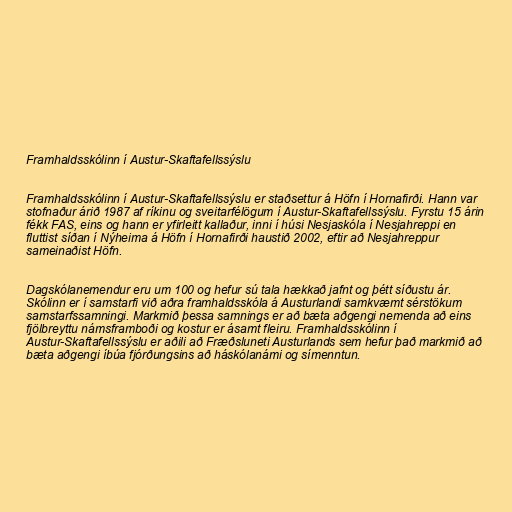
Framhaldsskólinn í Austur-Skaftafellssýslu

Framhaldsskólinn í Austur-Skaftafellssýslu er staðsettur á Höfn í Hornafirði. Hann var
stofnaður árið 1987 af ríkinu og sveitarfélögum í Austur-Skaftafellssýslu. Fyrstu 15 árin
fékk FAS, eins og hann er yfirleitt kallaður, inni í húsi Nesjaskóla í Nesjahreppi en
fluttist síðan í Nýheima á Höfn í Hornafirði haustið 2002, eftir að Nesjahreppur
sameinaðist Höfn.

Dagskólanemendur eru um 100 og hefur sú tala hækkað jafnt og þétt síðustu ár.
Skólinn er í samstarfi við aðra framhaldsskóla á Austurlandi samkvæmt sérstökum
samstarfssamningi. Markmið þessa samnings er að bæta aðgengi nemenda að eins
fjölbreyttu námsframboði og kostur er ásamt fleiru. Framhaldsskólinn í
Austur-Skaftafellssýslu er aðili að Fræðsluneti Austurlands sem hefur það markmið að
bæta aðgengi íbúa fjórðungsins að háskólanámi og símenntun.